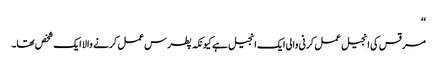
‘‘
مرقس کی انجیل عمل کرنی والی ایک انجیل ہے کیونکہ پطرس عمل کرنے والا ایک شخص تھا۔